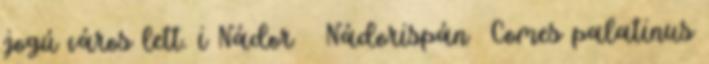
jogú város lett. i Nádor Nádorispán Comes palatinus